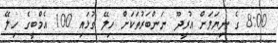
8:00 ގެ ނިޔަލަށް އުރީދޫ ނަންބަރުތަކަށް ހިލޭ ގުޅައި 100 އެމްބީގެ ހިލޭ